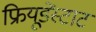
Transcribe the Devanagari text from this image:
फ्रियूडेंस्टाट